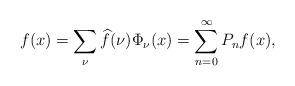
LaTeX: \begin{align*}f(x)=\sum_{\nu}\widehat{f}(\nu)\Phi_{\nu}(x)= \sum_{n=0}^{\infty}P_{n}f(x),\end{align*}